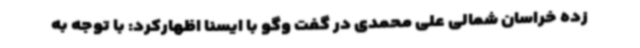
زده خراسان شمالی علی محمدی در گفت وگو با ایسنا اظهارکرد: با توجه به